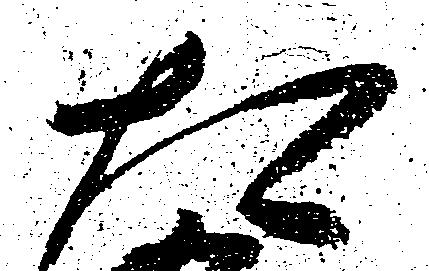
た